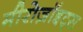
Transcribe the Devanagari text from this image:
मीरोज़ॉइट्स